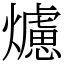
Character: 爈